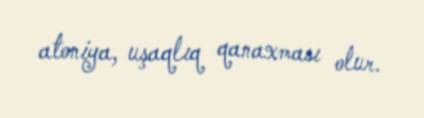
atoniya, uşaqlıq qanaxması olur.